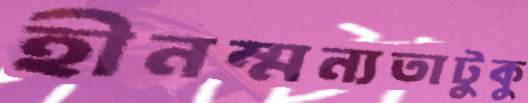
হীনম্মন্যতাটুকু